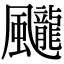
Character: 𩙘